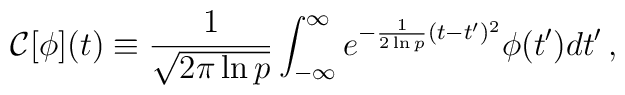
{\cal C}[\phi](t) \equiv  {1 \over \sqrt{2 \pi \ln p}} \int_{-\infty}^\infty{e^{-{1\over 2\ln p} (t-t')^2}\phi(t') dt'} \,,